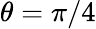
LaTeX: \theta=\pi/4